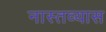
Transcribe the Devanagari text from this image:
नास्तव्यास